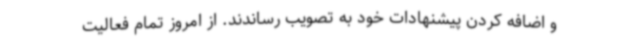
و اضافه کردن پیشنهادات خود به تصویب رساندند. از امروز تمام فعالیت